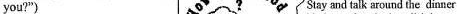
you?" Stay and talk around dinner